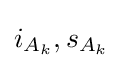
{\textstyle i_{A_{k}},s_{A_{k}}}